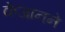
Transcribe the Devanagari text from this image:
केजानने